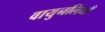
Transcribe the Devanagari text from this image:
वायुनलियाँ